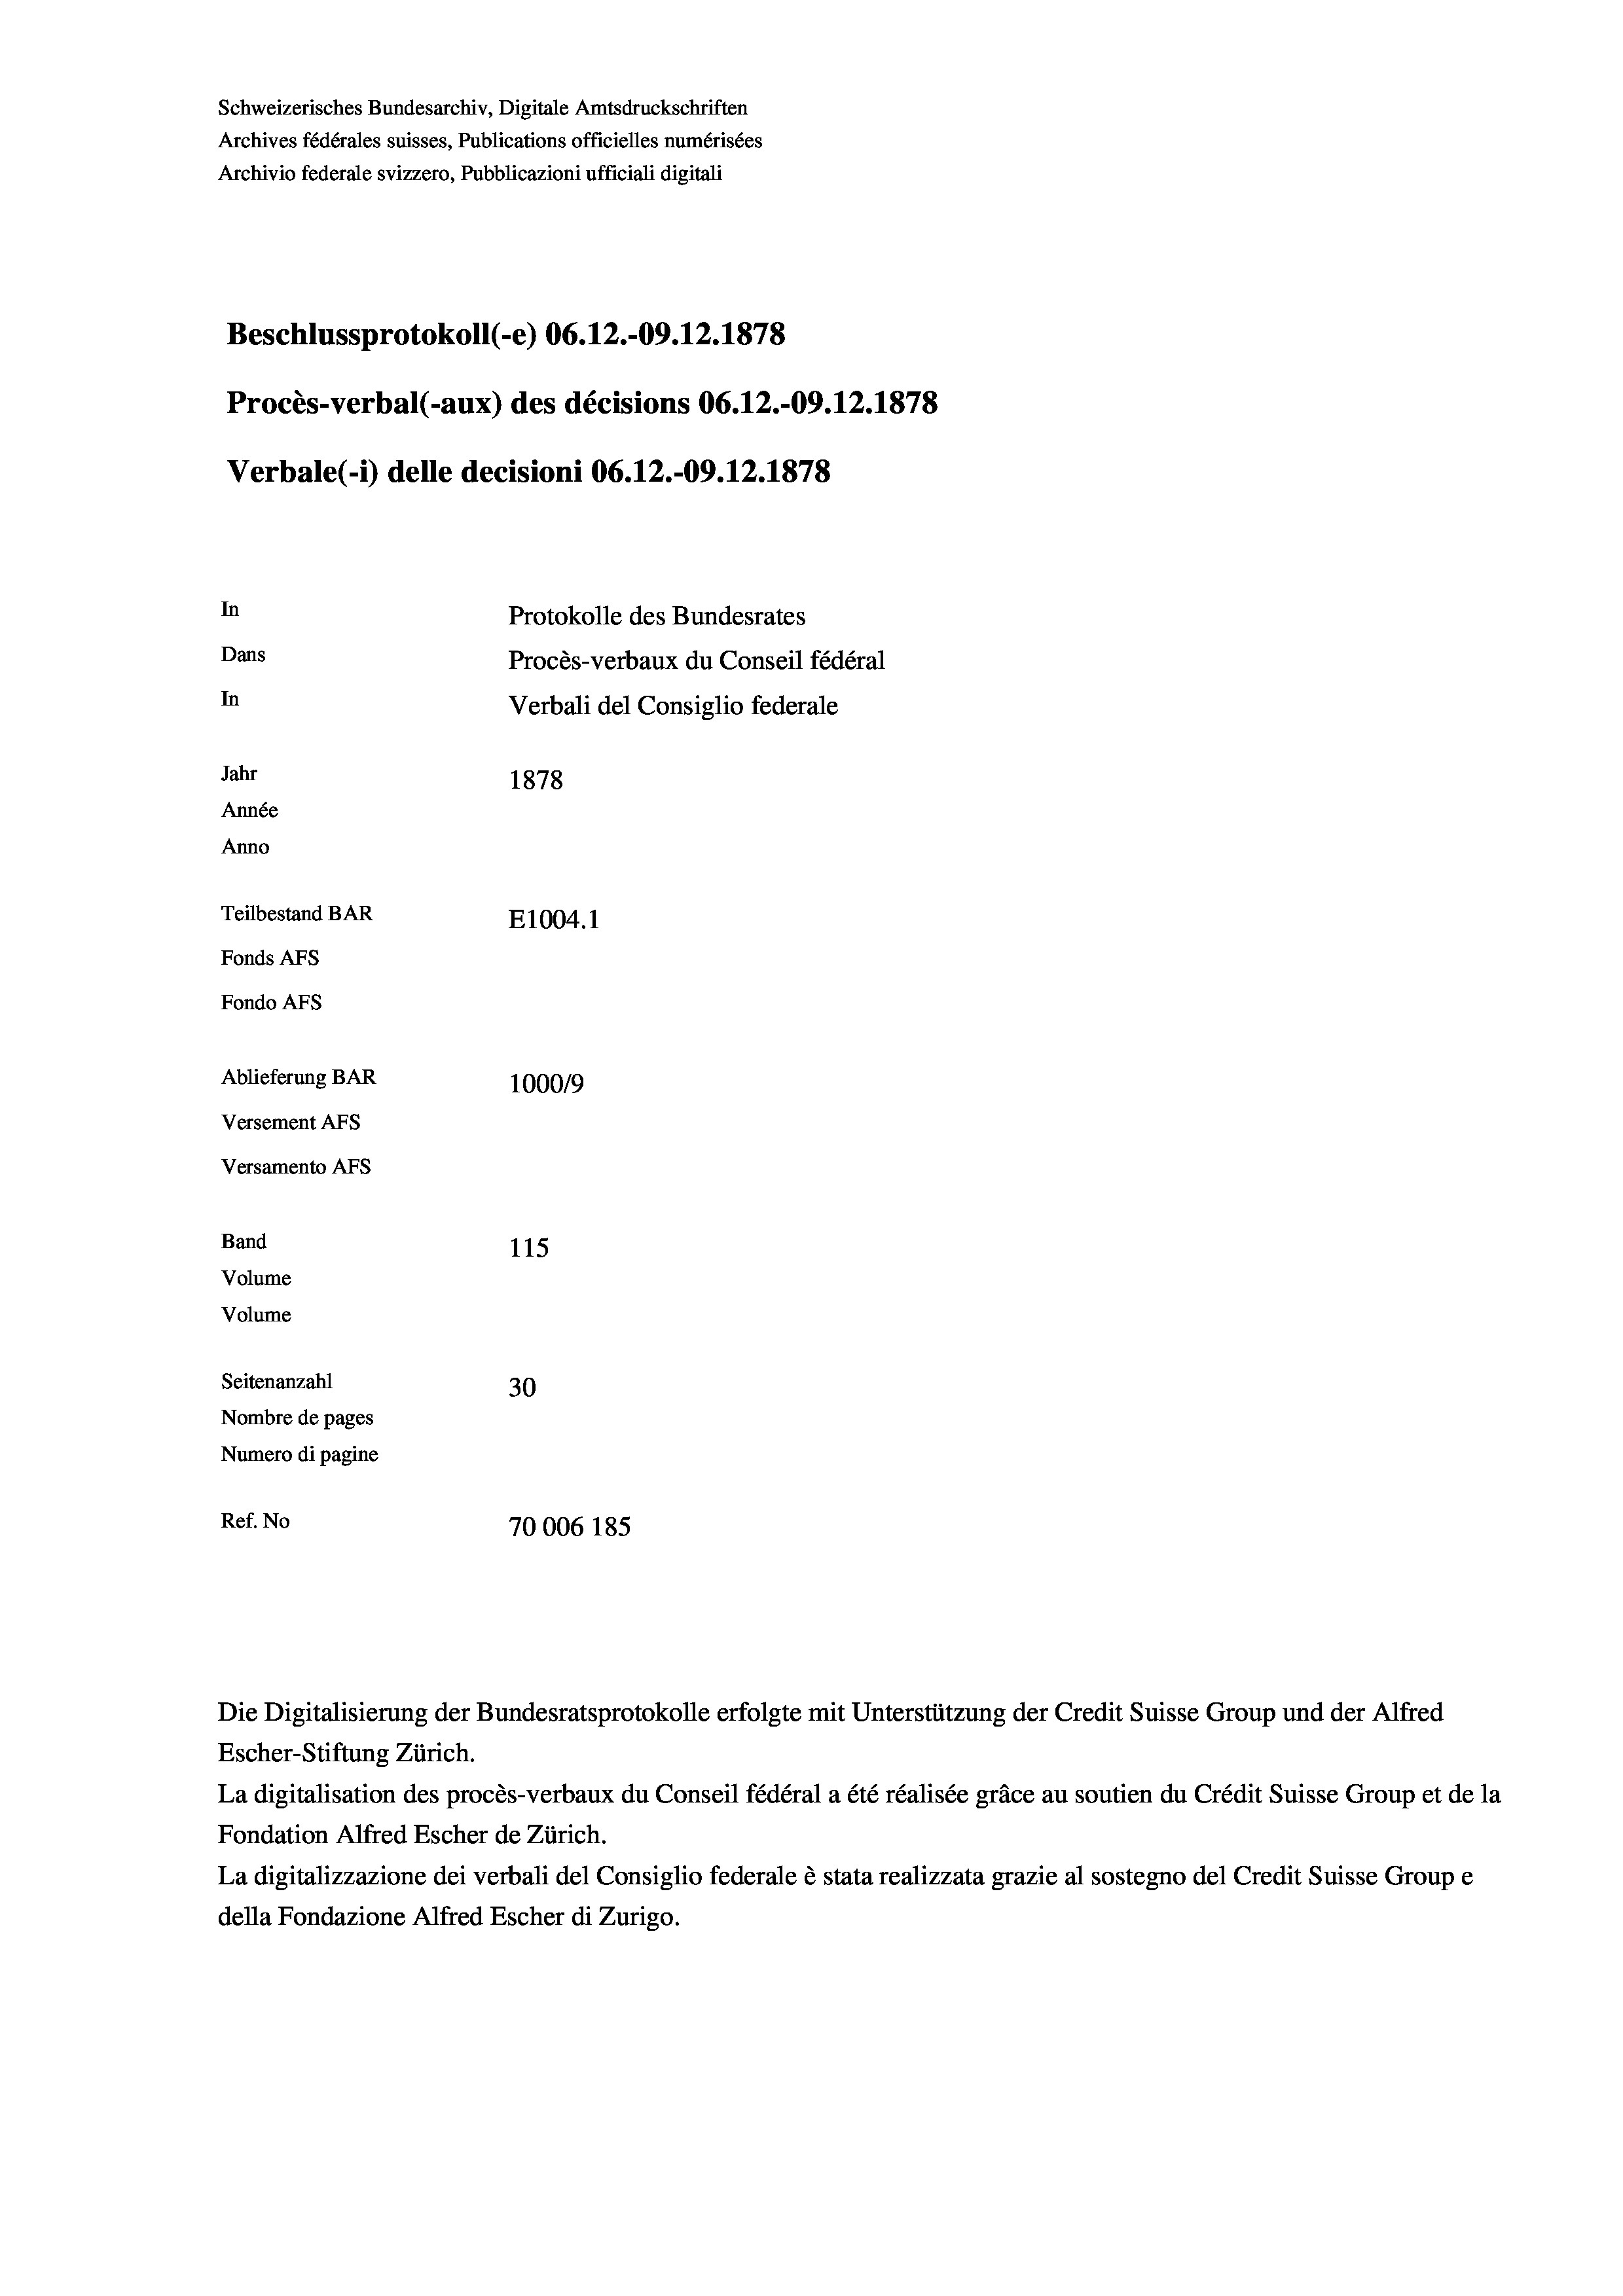
Schweizerisches Bundesarchiv, Digitale Amtsdruckschriften
Archives fédérales suisses, Publications officielles numérisées
Archivio federale svizzero, Pubblicazioni ufficiali digitali
Beschlussprotokoll (-e) 06.12.-09. 12. 1878
Procès-verbal (-aux) des décisions 06.12.-09.12.1878
Verbale (- 1) delle decisioni 06.12.-09.12.1878
In
Protokolle des Bundesrates
Dans
Procès-verbaux du Conseil fédéral
In
Verbali del Consiglio federale
Jahr
1878
Année
Anno
Teilbestand BAR
E1004. 1
Fonds AFs
Fondo Afs
Ablieferung BAR
100019
Versement AFs
Versamento AFS
Band
115
Volume
Volume
Seitenanzahl
30
Nombre de pages
Numero di pagine
Ref. No
70006 185

Escher-Stiftung Zürich.
La digitalisation des procès-verbaux du Conseil fédéral a été réalisée gräce au soutien du Crédit Suisse Group et de la
Fondation Alfred Escher de Zürich.
La digitalizzazione dei verbali del Consiglio federale è stata realizzata grazie al sostegno del Credit Suisse Groupe
della Fondazione Alfred Escher di Zurigo.

Die Digitalisierung der Bundesratsprotokolle erfolgte mit Unterstützung der Credit Suisse Group und der Alfred